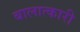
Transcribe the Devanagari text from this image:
बालात्कारी